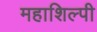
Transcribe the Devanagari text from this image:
महाशिल्पी